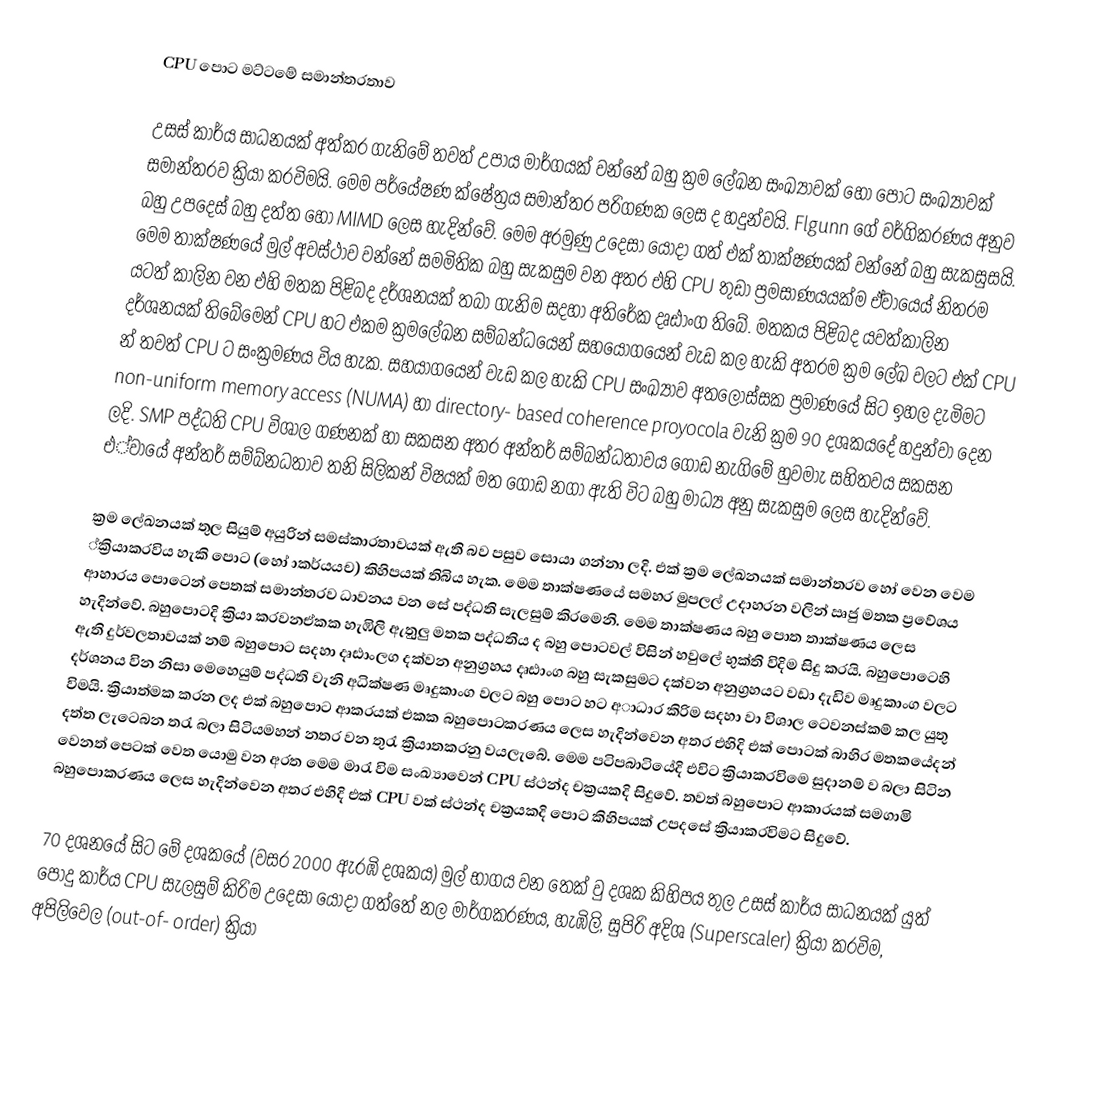
CPU පොට මට්ටමේ සමාන්තරතාව

උසස් කාර්ය සාධනයක් අත්කර ගැනිමේ තවත් උපාය මාර්ගයක් වන්නේ බහු ක්‍රම ලේඛන සංඛ්‍යාවක් හෝ පොට සංඛ්‍යාවක් සමාන්තරව ක්‍රියා කරවිමයි. මෙම පර්යේෂණ ක්ෂේත්‍රය සමාන්තර පරිගණක ලෙස ද හදුන්වයි. Flgunn ගේ වර්ගිකරණය අනුව බහු උපදෙස් බහු දත්ත හෝ MIMD  ලෙස හැදින්වේ. මෙම අරමුණු ‍උදෙසා යොදා ගත් එක් තාක්ෂණයක් වන්නේ බහු සැකසුසයි. මෙම තාක්ෂණයේ මුල් අවස්ථාව වන්නේ සමමිතික බහු සැකසුම  වන අතර එහි CPU තුඩා ප්‍රමසාණයයක්ම ඒවායෙය් නිතරම යටත් කාලින වන එහි මතක පිළිබද දර්ශනයක් තබා ගැනිම සදහා අතිරේක දෘඪාංග තිබේ. මතකය පිළිබද යවත්කාලින දර්ශනයක් තිබේමෙන් CPU  හට එකම ක්‍රමලේඛන සම්බන්ධයෙන් සහයෝගයෙන් වැඩ කල හැකි අතරම ක්‍රම ලේඛ වලට එක් CPU  න් තවත් CPU  ට සංක්‍රමණය විය හැක. සහයා්ගයෙන් වැඩ කල හැකි CPU  සංඛ්‍යාව අතලොස්සක ප්‍රමාණයේ සිට ඉහල දැමිමට non-uniform memory access (NUMA) හා  directory- based coherence proyocola වැනි ක්‍රම 90 දශකයදේ හදුන්වා දෙන ලදි.  SMP පද්ධති  CPU විශාල ගණනක් හා සකසන අතර අන්තර් සම්බන්ධතාවය ගොඩ නැගිමේ හුවමාැ සහිතවය සකසන එ්වායේ අන්තර් සම්බ්නධතාව තනි සිලිකන් විෂයක් මත ගොඩ නගා ඇති විට බහු මාධ්‍ය අනු සැකසුම ලෙස හැදින්වේ.

ක්‍රම ලේඛනයක් තුල සියුම් අයුරින් සමස්කාරතාවයක් ඇති බව පසුව සොයා ගන්නා ලදි. එක් ක්‍රම ලේඛනයක් සමාන්තරව හෝ වෙන වෙම ්ක්‍රියාකරවිය හැකි පොට (හෝ ාකර්යයච) කිහිපයක් තිබිය හැක. මෙම තාක්ෂණයේ සමහර මුපලල් උදාහරන වලින් ඍජු මතක ප්‍රවේශය ආහාරය පොටෙන් පෙතක් සමාන්තරව ධාවනය වන සේ  පද්ධති සැලසුම් කිරමෙනි. මෙම තාක්ෂණය බහු පොත තාක්ෂණය ලෙස හැදින්වේ. බහුපොටදි ක්‍රියා කරවනඒකක හැඹිලි ඇතුුලු මතක පද්ධතිය ද බහු පොටවල් විසින් හවුලේ භුක්ති විදිම සිදු කරයි. බහුපොටෙහි ඇති දුර්වලතාවයක් නම් බහුපොට සදහා දෘඪාංලග දක්වන අනුග්‍රහය දෘඪාංග බහු සැකසුමට දක්වන අනුග්‍රහයට වඩා දැඩිව මෘදුකාංග වලට දර්ශනය වින නිසා මෙහෙයුම් පද්ධති වැනි අධික්ෂණ මෘදුකාංග වලට බහු පොට හට අාධාර කිරිම සදහා වා විශාල ටෙවනස්කම් කල යුතු විමයි. ක්‍රියාත්මක කරන ලද එක් බහුපොට ආකරයක් එකක බහුපොටකරණය ලෙස හැදින්වෙන අතර එහිදි එක් පොටක් බාහිර මතකයේදන් දත්ත ලැටෙබන තරැ බලා සි‍ටියමහන් නතර වන තුරැ ක්‍රියාතකරනු වයලැබේ. මෙම පටිපබාටියේදි එවිට ක්‍රියාකරවිමෙ සුදානම් ව බලා සිටින වෙනත් පෙටක් වෙත යොමු වන අරත මෙම මාරැ විම සංඛ්‍යාවෙන් CPU ස්ථන්ද චක්‍රයකදි සිදුවේ. තවත් බහුපොට ආකාරයක් සමගාමි බහුපොකරණය ලෙස හැදින්වෙන අතර එහිදි එක් CPU වක් ස්ථන්ද චක්‍රයකදි පොට කිහිපයක් උපදසේ ක්‍රියාකරවිමට සිදුවේ.

70 දශනයේ සිට මේ දශකයේ (වසර 2000 ඇරඹි දශකය) මුල් භාගය වන තෙක් වු දශක කිහිපය තුල උසස් කාර්ය සාධනයක් යුත් පොදු කාර්ය CPU සැලසුම් කිරිම උදෙසා යොදා ගත්තේ නල මාර්ගකරණය, හැඹිලි, සුපිරි අදිශ  (Superscaler) ක්‍රියා කරවිම, අපිලිවෙල  (out-of- order) ක්‍රියා